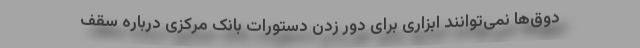
دوق‌ها نمی‌توانند ابزاری برای دور زدن دستورات بانک مرکزی درباره سقف